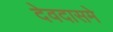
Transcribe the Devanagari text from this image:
देवदासमे